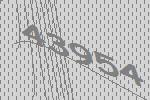
43954